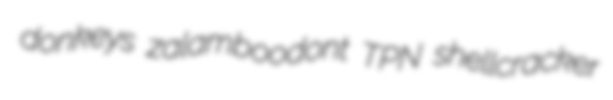
donkeys zalamboodont TPN shellcracker